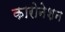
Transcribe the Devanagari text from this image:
कारोनेशन